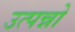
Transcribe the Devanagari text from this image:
उत्पन्नो